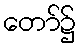
တော်၌